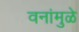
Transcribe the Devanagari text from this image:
वनांमुळे